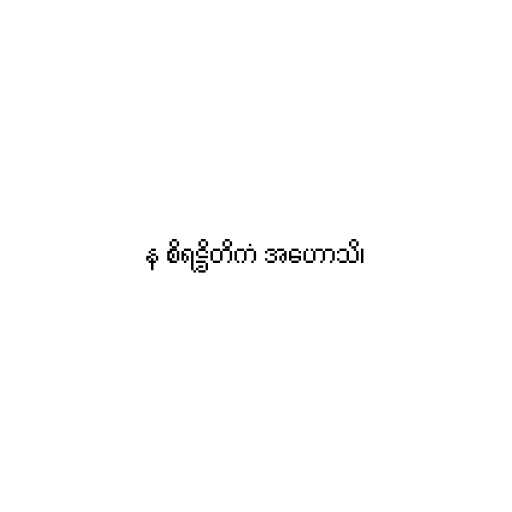
န စိရဋ္ဌိတိကံ အဟောသိ၊